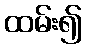
ထမ်း၍